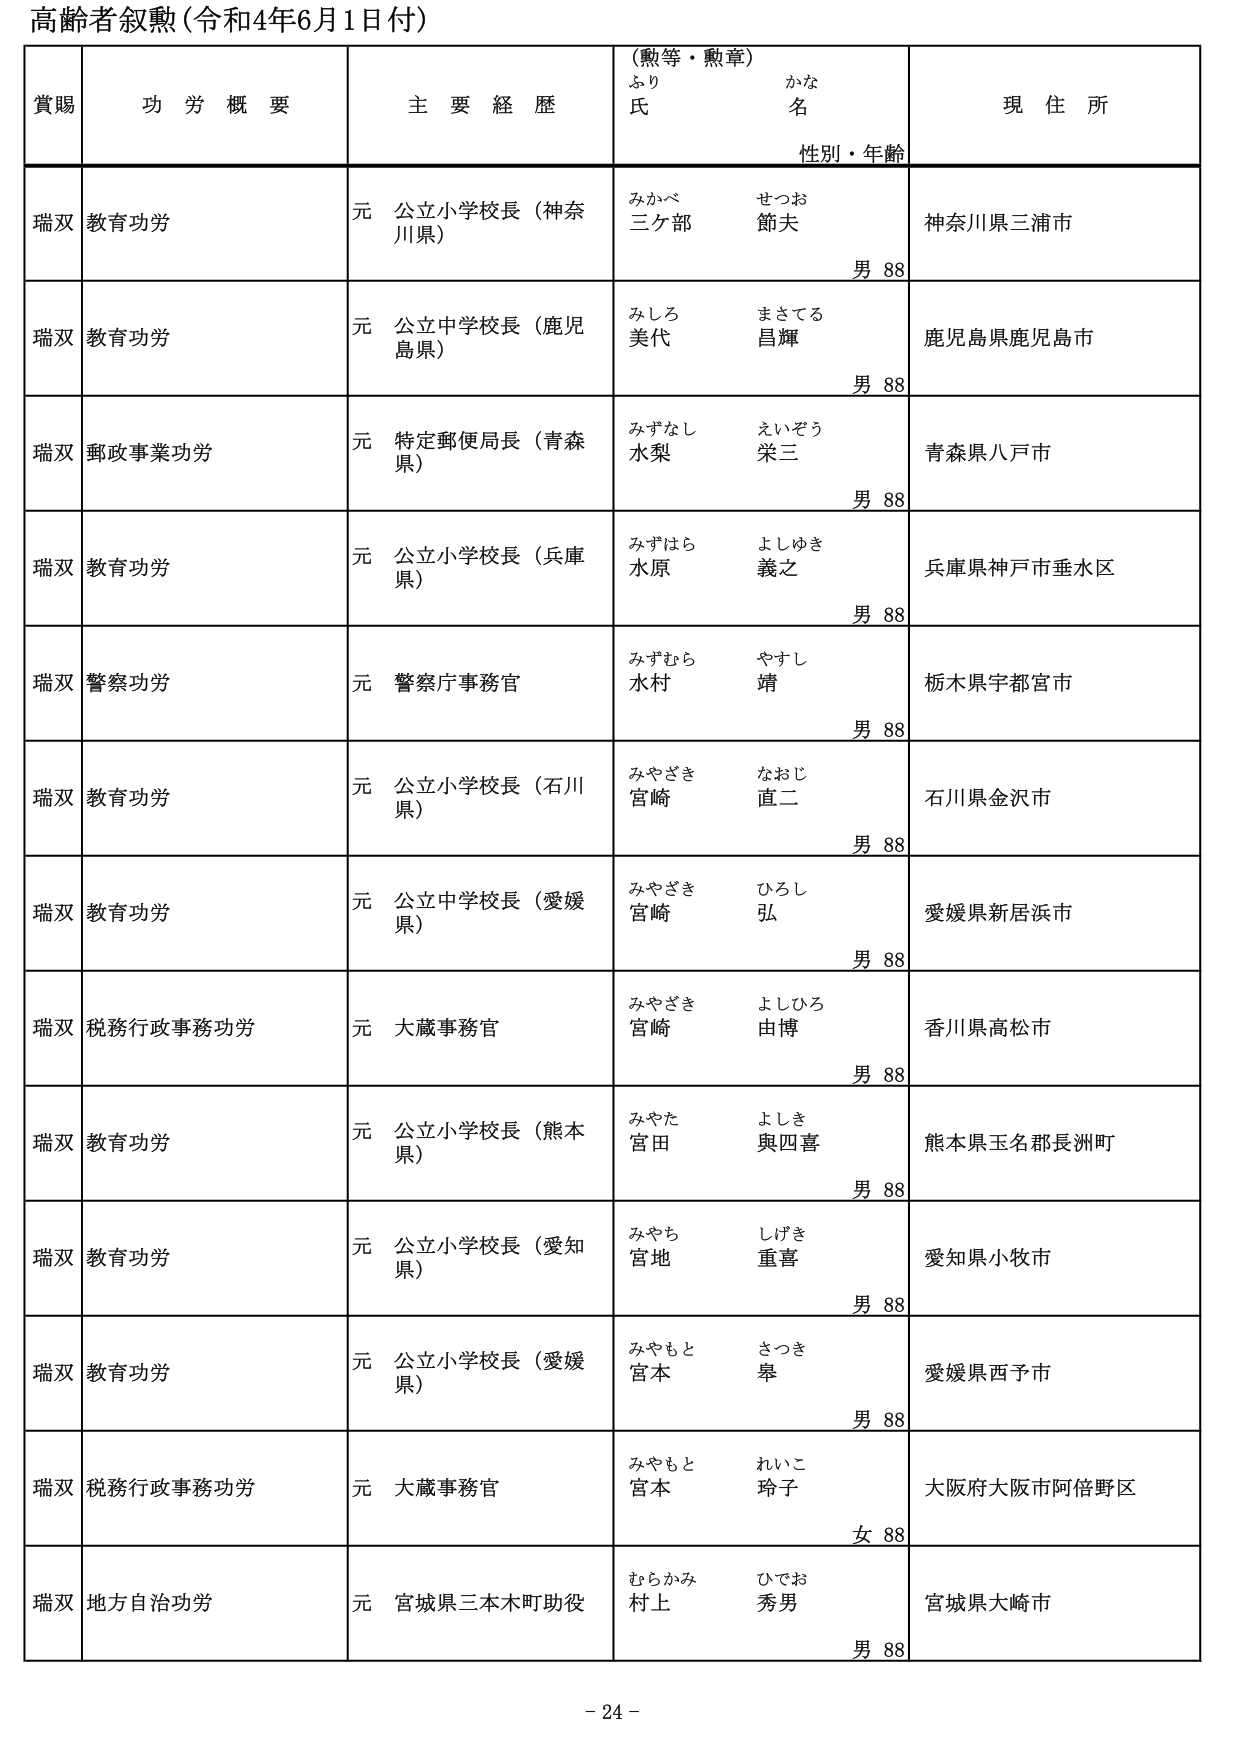
高齢者叙勲（令和4年6月1日付）

賞賜　　功労概要　　主要経歴　　（勲等・勲章）　　現住所
　　　　　　　　　　　　　　ふり　　　かな　　　　性別・年齢
　　　　　　　　　　　　　　氏　　　　名

瑞双　教育功労　　　元 公立小学校長（神奈川県）　　みかべ　　せつお　　神奈川県三浦市
　　　　　　　　　　　　　　　　　　　　　　　　　　三ケ部　　節夫　　　男 88

瑞双　教育功労　　　元 公立中学校長（鹿児島県）　　みしろ　　まさてる　　鹿児島県鹿児島市
　　　　　　　　　　　　　　　　　　　　　　　　　　美代　　昌輝　　　　男 88

瑞双　郵政事業功労　元 特定郵便局長（青森県）　　みずなし　えいぞう　　青森県八戸市
　　　　　　　　　　　　　　　　　　　　　　　　　　水梨　　栄三　　　　男 88

瑞双　教育功労　　　元 公立小学校長（兵庫県）　　みずはら　よしゆき　　兵庫県神戸市垂水区
　　　　　　　　　　　　　　　　　　　　　　　　　　水原　　義之　　　　男 88

瑞双　警察功労　　　元 警察庁事務官　　　　　　みずむら　やすし　　栃木県宇都宮市
　　　　　　　　　　　　　　　　　　　　　　　　　　水村　　靖　　　　男 88

瑞双　教育功労　　　元 公立小学校長（石川県）　　みやざき　なおじ　　石川県金沢市
　　　　　　　　　　　　　　　　　　　　　　　　　　宮崎　　直二　　　　男 88

瑞双　教育功労　　　元 公立中学校長（愛媛県）　　みやざき　ひろし　　愛媛県新居浜市
　　　　　　　　　　　　　　　　　　　　　　　　　　宮崎　　弘　　　　男 88

瑞双　税務行政事務功労　元 大蔵事務官　　　　　　みやざき　よしひろ　　香川県高松市
　　　　　　　　　　　　　　　　　　　　　　　　　　宮崎　　由博　　　　男 88

瑞双　教育功労　　　元 公立小学校長（熊本県）　　みやた　　よしき　　熊本県玉名郡長洲町
　　　　　　　　　　　　　　　　　　　　　　　　　　宮田　　與四喜　　男 88

瑞双　教育功労　　　元 公立小学校長（愛知県）　　みやち　　しげき　　愛知県小牧市
　　　　　　　　　　　　　　　　　　　　　　　　　　宮地　　重喜　　　男 88

瑞双　教育功労　　　元 公立小学校長（愛媛県）　　みやもと　さつき　　愛媛県西予市
　　　　　　　　　　　　　　　　　　　　　　　　　　宮本　　皋　　　　男 88

瑞双　税務行政事務功労　元 大蔵事務官　　　　　　みやもと　れいこ　　大阪府大阪市阿倍野区
　　　　　　　　　　　　　　　　　　　　　　　　　　宮本　　玲子　　　女 88

瑞双　地方自治功労　　元 宮城県三本木町助役　　むらかみ　ひでお　　宮城県大崎市
　　　　　　　　　　　　　　　　　　　　　　　　　　村上　　秀男　　　男 88

- 24 -